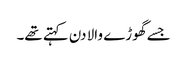
جسے گھوڑے والا دن کہتے تھے۔